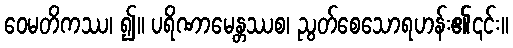
ဝေမတိကဿ၊ ၍။ ပရိဏာမေန္တဿစ၊ ညွတ်စေသောရဟန်း၏၎င်း။